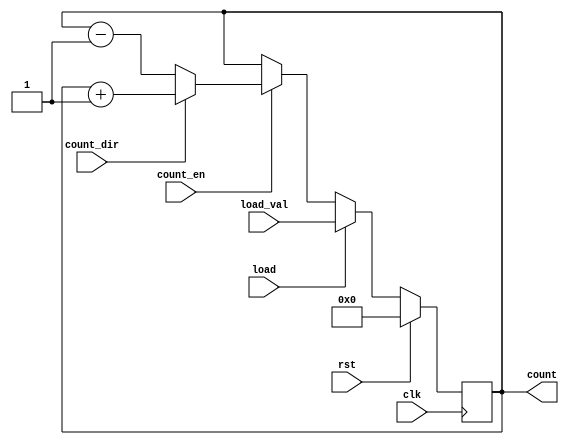
module Synchronous_Load_Counter (
    input wire clk,            // Clock input
    input wire rst,            // Synchronous reset
    input wire load,           // Load control signal
    input wire [7:0] load_val, // Value to load into the counter (8-bit)
    input wire count_en,       // Count enable signal
    input wire count_dir,      // Count direction: 1 for up, 0 for down
    output reg [7:0] count     // Current count value (8-bit)
);

// Always block triggered on the rising edge of the clock
always @(posedge clk) begin
    if (rst) begin
        // Synchronous reset
        count <= 8'b0; // Initialize counter to 0
    end else if (load) begin
        // Load the specified value into the counter
        count <= load_val;
    end else if (count_en) begin
        // Counting operation
        if (count_dir) begin
            // Up counting
            count <= count + 1;
        end else begin
            // Down counting
            count <= count - 1;
        end
    end
    // If count_en is not asserted, retain the current count value
end

endmodule